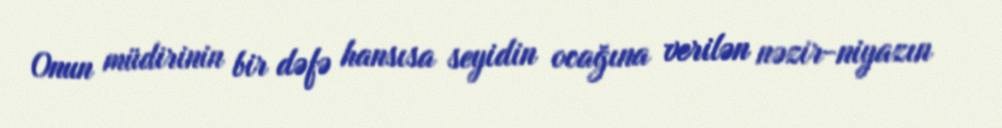
Onun müdirinin bir dəfə hansısa seyidin ocağına verilən nəzir-niyazın